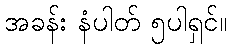
အခန်း နံပါတ် ၅ပါရှင်။